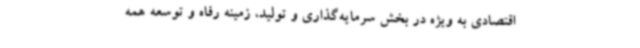
اقتصادی به ویژه در بخش سرمایه‌گذاری و تولید، زمینه رفاه و توسعه همه